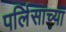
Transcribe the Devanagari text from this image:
पर्लिसाच्या